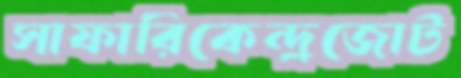
সাফারিকেন্দ্রজোট